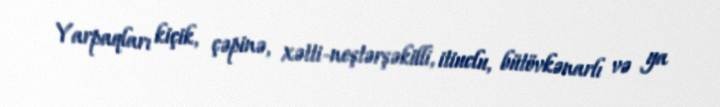
Yarpaqları kiçik, çəpinə, xətti-neştərşəkilli, itiuclu, bütövkənarlı və ya